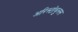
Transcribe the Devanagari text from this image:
अरिस्टोबुलस